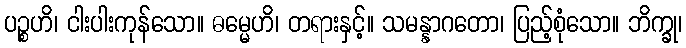
ပဉ္စဟိ၊ ငါးပါးကုန်သော။ ဓမ္မေဟိ၊ တရားနှင့်။ သမန္နာဂတော၊ ပြည့်စုံသော။ ဘိက္ခု၊